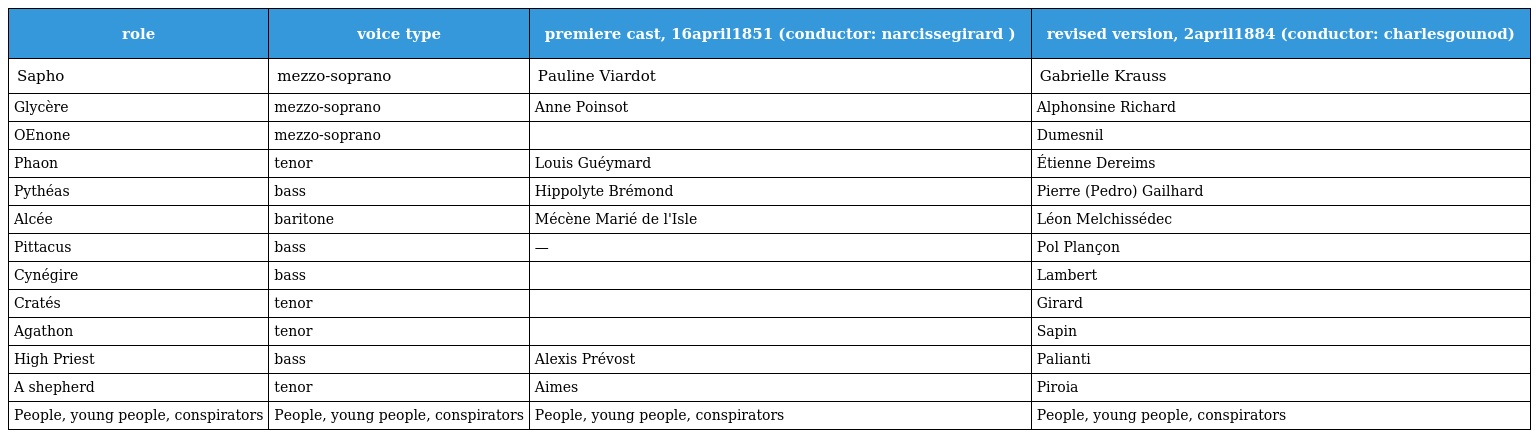
| role | voice type | premiere cast, 16april1851 (conductor: narcissegirard ) | revised version, 2april1884 (conductor: charlesgounod) |
 | --- | --- | --- | --- |
 | Sapho | mezzo-soprano | Pauline Viardot | Gabrielle Krauss |
 | Glycère | mezzo-soprano | Anne Poinsot | Alphonsine Richard |
 | OEnone | mezzo-soprano |  | Dumesnil |
 | Phaon | tenor | Louis Guéymard | Étienne Dereims |
 | Pythéas | bass | Hippolyte Brémond | Pierre (Pedro) Gailhard |
 | Alcée | baritone | Mécène Marié de l'Isle | Léon Melchissédec |
 | Pittacus | bass | — | Pol Plançon |
 | Cynégire | bass |  | Lambert |
 | Cratés | tenor |  | Girard |
 | Agathon | tenor |  | Sapin |
 | High Priest | bass | Alexis Prévost | Palianti |
 | A shepherd | tenor | Aimes | Piroia |
 | People, young people, conspirators | People, young people, conspirators | People, young people, conspirators | People, young people, conspirators |